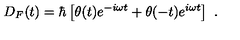
D _ { F } ( t ) = \hbar \left[ \theta ( t ) e ^ { - i \omega t } + \theta ( - t ) e ^ { i \omega t } \right] \ .